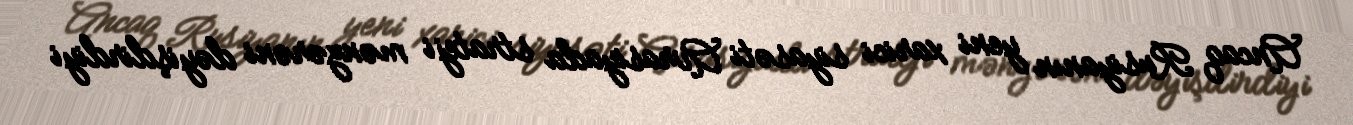
Ancaq Rusiyanın yeni xarici siyasəti Avrasiyada strateji mənzərəni dəyişdirdiyi